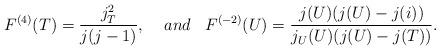
LaTeX: \begin{align*}F^{(4)}(T) = \frac{j_T^2}{j(j-1)},\;\;\;\;and\;\;\; F^{(-2)}(U)=\frac{j(U) (j(U) - j(i))}{j_U(U)(j(U) - j(T))}.\end{align*}